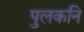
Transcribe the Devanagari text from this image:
पुलकनि